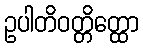
ဥပါတိဝတ္တိတ္ထော